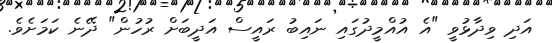
އަދި ވިދާޅުވީ "އެ އުއްމީދުގައި ނައިބު ރައީސް އަދީބަށް ރުހުން" ދޭނެ ކަމަށެވެ.